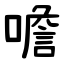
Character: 噡